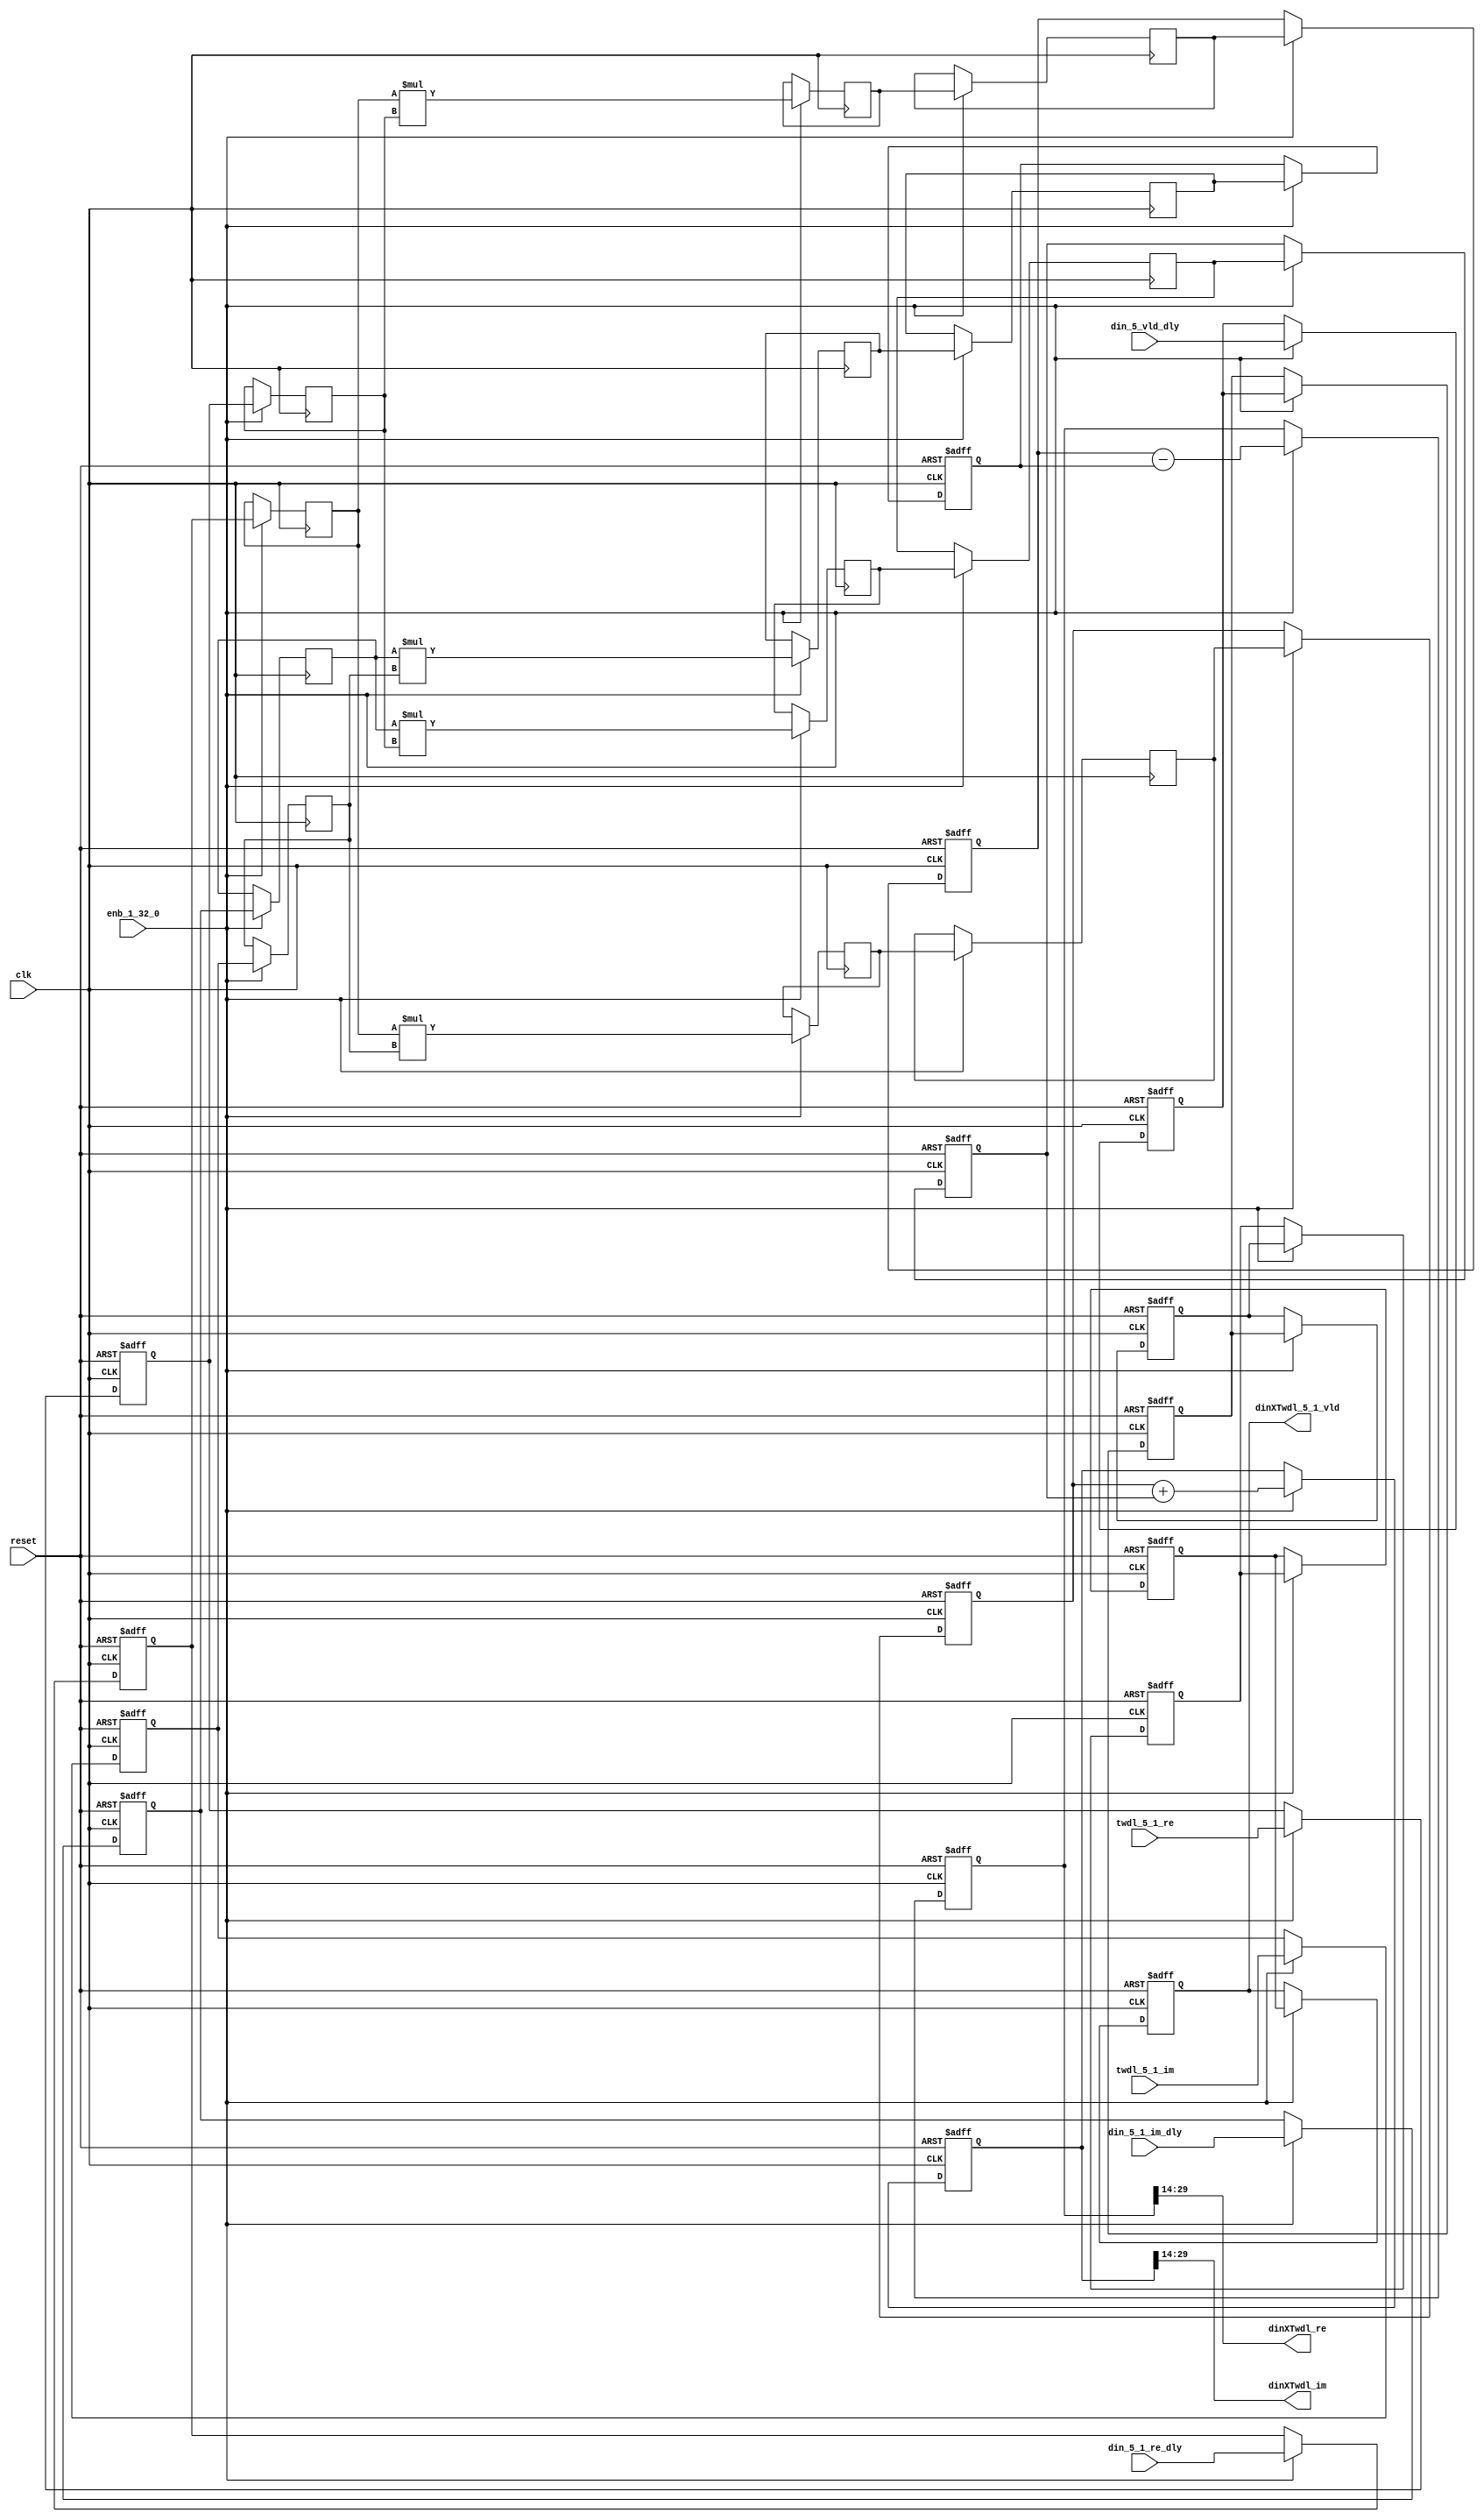
// -------------------------------------------------------------
// 
// 
// Generated by MATLAB 9.13 and HDL Coder 4.0
// 
// -------------------------------------------------------------


// -------------------------------------------------------------
// 
// Module: whdlOFDMTx_Complex4Multiply_block
// Source Path: dsphdl.IFFT/RADIX22FFT_SDF1_5/Complex4Multiply
// Hierarchy Level: 7
// 
// -------------------------------------------------------------

`timescale 1 ns / 1 ns

module whdlOFDMTx_Complex4Multiply_block
          (clk,
           reset,
           enb_1_32_0,
           din_5_1_re_dly,
           din_5_1_im_dly,
           din_5_vld_dly,
           twdl_5_1_re,
           twdl_5_1_im,
           dinXTwdl_re,
           dinXTwdl_im,
           dinXTwdl_5_1_vld);


  input   clk;
  input   reset;
  input   enb_1_32_0;
  input   signed [15:0] din_5_1_re_dly;  // sfix16_En14
  input   signed [15:0] din_5_1_im_dly;  // sfix16_En14
  input   din_5_vld_dly;
  input   signed [15:0] twdl_5_1_re;  // sfix16_En14
  input   signed [15:0] twdl_5_1_im;  // sfix16_En14
  output  signed [15:0] dinXTwdl_re;  // sfix16_En14
  output  signed [15:0] dinXTwdl_im;  // sfix16_En14
  output  dinXTwdl_5_1_vld;


  reg signed [15:0] din_re_reg;  // sfix16_En14
  reg signed [15:0] din_im_reg;  // sfix16_En14
  reg signed [15:0] twdl_re_reg;  // sfix16_En14
  reg signed [15:0] twdl_im_reg;  // sfix16_En14
  reg signed [15:0] Complex4Multiply_din1_re_pipe1;  // sfix16
  reg signed [15:0] Complex4Multiply_din1_im_pipe1;  // sfix16
  reg signed [31:0] Complex4Multiply_mult1_re_pipe1;  // sfix32
  reg signed [31:0] Complex4Multiply_mult2_re_pipe1;  // sfix32
  reg signed [31:0] Complex4Multiply_mult1_im_pipe1;  // sfix32
  reg signed [31:0] Complex4Multiply_mult2_im_pipe1;  // sfix32
  reg signed [15:0] Complex4Multiply_twiddle_re_pipe1;  // sfix16
  reg signed [15:0] Complex4Multiply_twiddle_im_pipe1;  // sfix16
  reg signed [31:0] prod1_re;  // sfix32_En28
  reg signed [31:0] prod1_im;  // sfix32_En28
  reg signed [31:0] prod2_re;  // sfix32_En28
  reg signed [31:0] prod2_im;  // sfix32_En28
  reg  din_vld_dly1;
  reg  din_vld_dly2;
  reg  din_vld_dly3;
  reg  prod_vld;
  reg signed [32:0] Complex4Add_multRes_re_reg;  // sfix33
  reg signed [32:0] Complex4Add_multRes_im_reg;  // sfix33
  reg  Complex4Add_prod_vld_reg1;
  reg signed [31:0] Complex4Add_prod1_re_reg;  // sfix32
  reg signed [31:0] Complex4Add_prod1_im_reg;  // sfix32
  reg signed [31:0] Complex4Add_prod2_re_reg;  // sfix32
  reg signed [31:0] Complex4Add_prod2_im_reg;  // sfix32
  wire signed [32:0] Complex4Add_multRes_re_reg_next;  // sfix33_En28
  wire signed [32:0] Complex4Add_multRes_im_reg_next;  // sfix33_En28
  wire signed [32:0] Complex4Add_sub_cast;  // sfix33_En28
  wire signed [32:0] Complex4Add_sub_cast_1;  // sfix33_En28
  wire signed [32:0] Complex4Add_add_cast;  // sfix33_En28
  wire signed [32:0] Complex4Add_add_cast_1;  // sfix33_En28
  wire signed [32:0] mulResFP_re;  // sfix33_En28
  wire signed [32:0] mulResFP_im;  // sfix33_En28
  reg  dinXTwdl_5_1_vld_1;

  initial begin
    Complex4Multiply_din1_re_pipe1 = 16'sb0000000000000000;
    Complex4Multiply_din1_im_pipe1 = 16'sb0000000000000000;
    Complex4Multiply_twiddle_re_pipe1 = 16'sb0000000000000000;
    Complex4Multiply_twiddle_im_pipe1 = 16'sb0000000000000000;
    Complex4Multiply_mult1_re_pipe1 = 32'sb00000000000000000000000000000000;
    Complex4Multiply_mult2_re_pipe1 = 32'sb00000000000000000000000000000000;
    Complex4Multiply_mult1_im_pipe1 = 32'sb00000000000000000000000000000000;
    Complex4Multiply_mult2_im_pipe1 = 32'sb00000000000000000000000000000000;
    prod1_re = 32'sb00000000000000000000000000000000;
    prod2_re = 32'sb00000000000000000000000000000000;
    prod1_im = 32'sb00000000000000000000000000000000;
    prod2_im = 32'sb00000000000000000000000000000000;
  end

  always @(posedge clk or posedge reset)
    begin : intdelay_process
      if (reset == 1'b1) begin
        din_re_reg <= 16'sb0000000000000000;
      end
      else begin
        if (enb_1_32_0) begin
          din_re_reg <= din_5_1_re_dly;
        end
      end
    end



  always @(posedge clk or posedge reset)
    begin : intdelay_1_process
      if (reset == 1'b1) begin
        din_im_reg <= 16'sb0000000000000000;
      end
      else begin
        if (enb_1_32_0) begin
          din_im_reg <= din_5_1_im_dly;
        end
      end
    end



  always @(posedge clk or posedge reset)
    begin : intdelay_2_process
      if (reset == 1'b1) begin
        twdl_re_reg <= 16'sb0000000000000000;
      end
      else begin
        if (enb_1_32_0) begin
          twdl_re_reg <= twdl_5_1_re;
        end
      end
    end



  always @(posedge clk or posedge reset)
    begin : intdelay_3_process
      if (reset == 1'b1) begin
        twdl_im_reg <= 16'sb0000000000000000;
      end
      else begin
        if (enb_1_32_0) begin
          twdl_im_reg <= twdl_5_1_im;
        end
      end
    end



  // Complex4Multiply
  always @(posedge clk)
    begin : Complex4Multiply_process
      if (enb_1_32_0) begin
        prod1_re <= Complex4Multiply_mult1_re_pipe1;
        prod2_re <= Complex4Multiply_mult2_re_pipe1;
        prod1_im <= Complex4Multiply_mult1_im_pipe1;
        prod2_im <= Complex4Multiply_mult2_im_pipe1;
        Complex4Multiply_mult1_re_pipe1 <= Complex4Multiply_din1_re_pipe1 * Complex4Multiply_twiddle_re_pipe1;
        Complex4Multiply_mult2_re_pipe1 <= Complex4Multiply_din1_im_pipe1 * Complex4Multiply_twiddle_im_pipe1;
        Complex4Multiply_mult1_im_pipe1 <= Complex4Multiply_din1_re_pipe1 * Complex4Multiply_twiddle_im_pipe1;
        Complex4Multiply_mult2_im_pipe1 <= Complex4Multiply_din1_im_pipe1 * Complex4Multiply_twiddle_re_pipe1;
        Complex4Multiply_twiddle_re_pipe1 <= twdl_re_reg;
        Complex4Multiply_twiddle_im_pipe1 <= twdl_im_reg;
        Complex4Multiply_din1_re_pipe1 <= din_re_reg;
        Complex4Multiply_din1_im_pipe1 <= din_im_reg;
      end
    end



  always @(posedge clk or posedge reset)
    begin : intdelay_4_process
      if (reset == 1'b1) begin
        din_vld_dly1 <= 1'b0;
      end
      else begin
        if (enb_1_32_0) begin
          din_vld_dly1 <= din_5_vld_dly;
        end
      end
    end



  always @(posedge clk or posedge reset)
    begin : intdelay_5_process
      if (reset == 1'b1) begin
        din_vld_dly2 <= 1'b0;
      end
      else begin
        if (enb_1_32_0) begin
          din_vld_dly2 <= din_vld_dly1;
        end
      end
    end



  always @(posedge clk or posedge reset)
    begin : intdelay_6_process
      if (reset == 1'b1) begin
        din_vld_dly3 <= 1'b0;
      end
      else begin
        if (enb_1_32_0) begin
          din_vld_dly3 <= din_vld_dly2;
        end
      end
    end



  always @(posedge clk or posedge reset)
    begin : intdelay_7_process
      if (reset == 1'b1) begin
        prod_vld <= 1'b0;
      end
      else begin
        if (enb_1_32_0) begin
          prod_vld <= din_vld_dly3;
        end
      end
    end



  // Complex4Add
  always @(posedge clk or posedge reset)
    begin : Complex4Add_process
      if (reset == 1'b1) begin
        Complex4Add_multRes_re_reg <= 33'sh000000000;
        Complex4Add_multRes_im_reg <= 33'sh000000000;
        Complex4Add_prod1_re_reg <= 32'sb00000000000000000000000000000000;
        Complex4Add_prod1_im_reg <= 32'sb00000000000000000000000000000000;
        Complex4Add_prod2_re_reg <= 32'sb00000000000000000000000000000000;
        Complex4Add_prod2_im_reg <= 32'sb00000000000000000000000000000000;
        Complex4Add_prod_vld_reg1 <= 1'b0;
        dinXTwdl_5_1_vld_1 <= 1'b0;
      end
      else begin
        if (enb_1_32_0) begin
          Complex4Add_multRes_re_reg <= Complex4Add_multRes_re_reg_next;
          Complex4Add_multRes_im_reg <= Complex4Add_multRes_im_reg_next;
          Complex4Add_prod1_re_reg <= prod1_re;
          Complex4Add_prod1_im_reg <= prod1_im;
          Complex4Add_prod2_re_reg <= prod2_re;
          Complex4Add_prod2_im_reg <= prod2_im;
          dinXTwdl_5_1_vld_1 <= Complex4Add_prod_vld_reg1;
          Complex4Add_prod_vld_reg1 <= prod_vld;
        end
      end
    end

  assign Complex4Add_sub_cast = {Complex4Add_prod1_re_reg[31], Complex4Add_prod1_re_reg};
  assign Complex4Add_sub_cast_1 = {Complex4Add_prod2_re_reg[31], Complex4Add_prod2_re_reg};
  assign Complex4Add_multRes_re_reg_next = Complex4Add_sub_cast - Complex4Add_sub_cast_1;
  assign Complex4Add_add_cast = {Complex4Add_prod1_im_reg[31], Complex4Add_prod1_im_reg};
  assign Complex4Add_add_cast_1 = {Complex4Add_prod2_im_reg[31], Complex4Add_prod2_im_reg};
  assign Complex4Add_multRes_im_reg_next = Complex4Add_add_cast + Complex4Add_add_cast_1;
  assign mulResFP_re = Complex4Add_multRes_re_reg;
  assign mulResFP_im = Complex4Add_multRes_im_reg;



  assign dinXTwdl_re = mulResFP_re[29:14];



  assign dinXTwdl_im = mulResFP_im[29:14];



  assign dinXTwdl_5_1_vld = dinXTwdl_5_1_vld_1;

endmodule  // whdlOFDMTx_Complex4Multiply_block